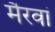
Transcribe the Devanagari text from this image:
मैरवां